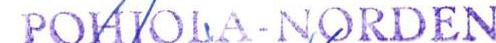
POHJOLA-NORDEN